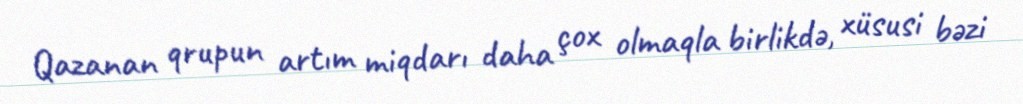
Qazanan qrupun artım miqdarı daha çox olmaqla birlikdə, xüsusi bəzi